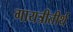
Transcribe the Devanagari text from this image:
गायत्रीतीर्थ